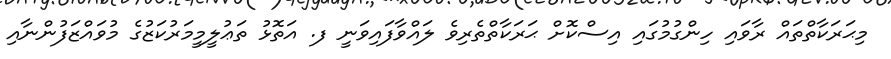
މިޙަރަކާތްތައް ރާވައި ހިންގުމުގައި އިސްކޮށް ޙަރަކާތްތެރިވެ ލައްވާފައިވަނީ ފ. އަތޮޅު ތަޢުލީމީމަރުކަޒުގެ މުވައްޒަފުންނާއި